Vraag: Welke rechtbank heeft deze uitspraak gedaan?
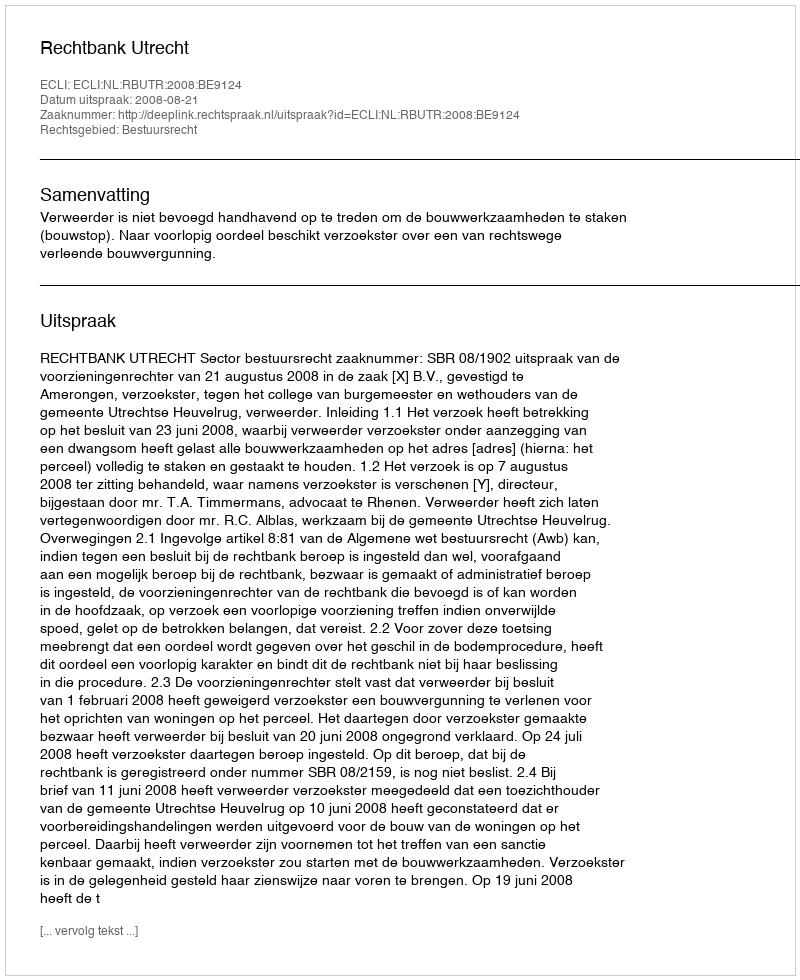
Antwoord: Rechtbank Utrecht